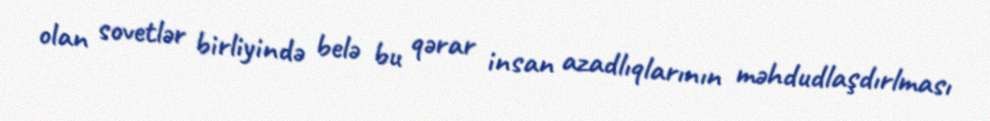
olan sovetlər birliyində belə bu qərar insan azadlıqlarının məhdudlaşdırlması